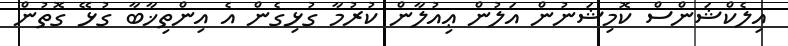
އިލެކްޝަންސް ކޮމިޝަނުން އަލުން ޢިއުލާން ކުރުމާ ގުޅިގެން އެ އިންތިޚާބާ ގުޅޭ ގޮތުން